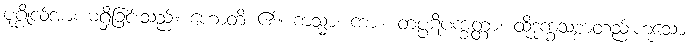
ပုဂ္ဂိုလ်အား မရှိခြင်းသည်။ ဟောတိ ၏။ ကသ္မာ၊ ကား။ တပ္ပဋိပက္ခတ္တာ၊ ထိုဒုက္ခသစ္စာတည်းဟူသော